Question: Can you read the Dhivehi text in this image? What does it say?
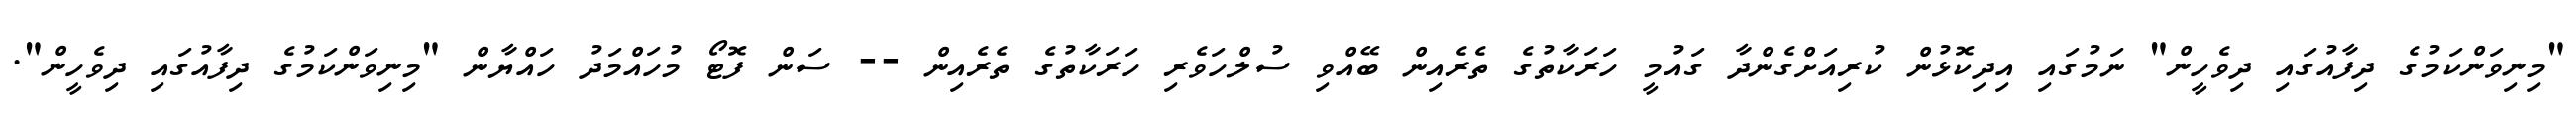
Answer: "މިނިވަންކަމުގެ ދިފާއުގައި ދިވެހީން" ނަމުގައި އިދިކޮޅުން ކުރިއަށްގެންދާ ގައުމީ ހަރަކާތުގެ ތެރެއިން ބޭއްވި ސުލްހަވެރި ހަރަކާތުގެ ތެރެއިން -- ސަން ފޮޓޯ މުހައްމަދު ހައްޔާން "މިނިވަންކަމުގެ ދިފާއުގައި ދިވެހީން".